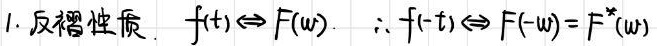
1. 反褶性质：$f(t)\Leftrightarrow F(\omega)$ ；$\therefore f(-t)\Leftrightarrow F(-\omega)=F^{*}(\omega)$